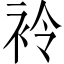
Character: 袊